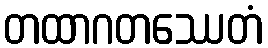
တထာဂတဿေတံ